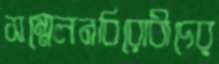
সম্মেলনবিরোধীদের